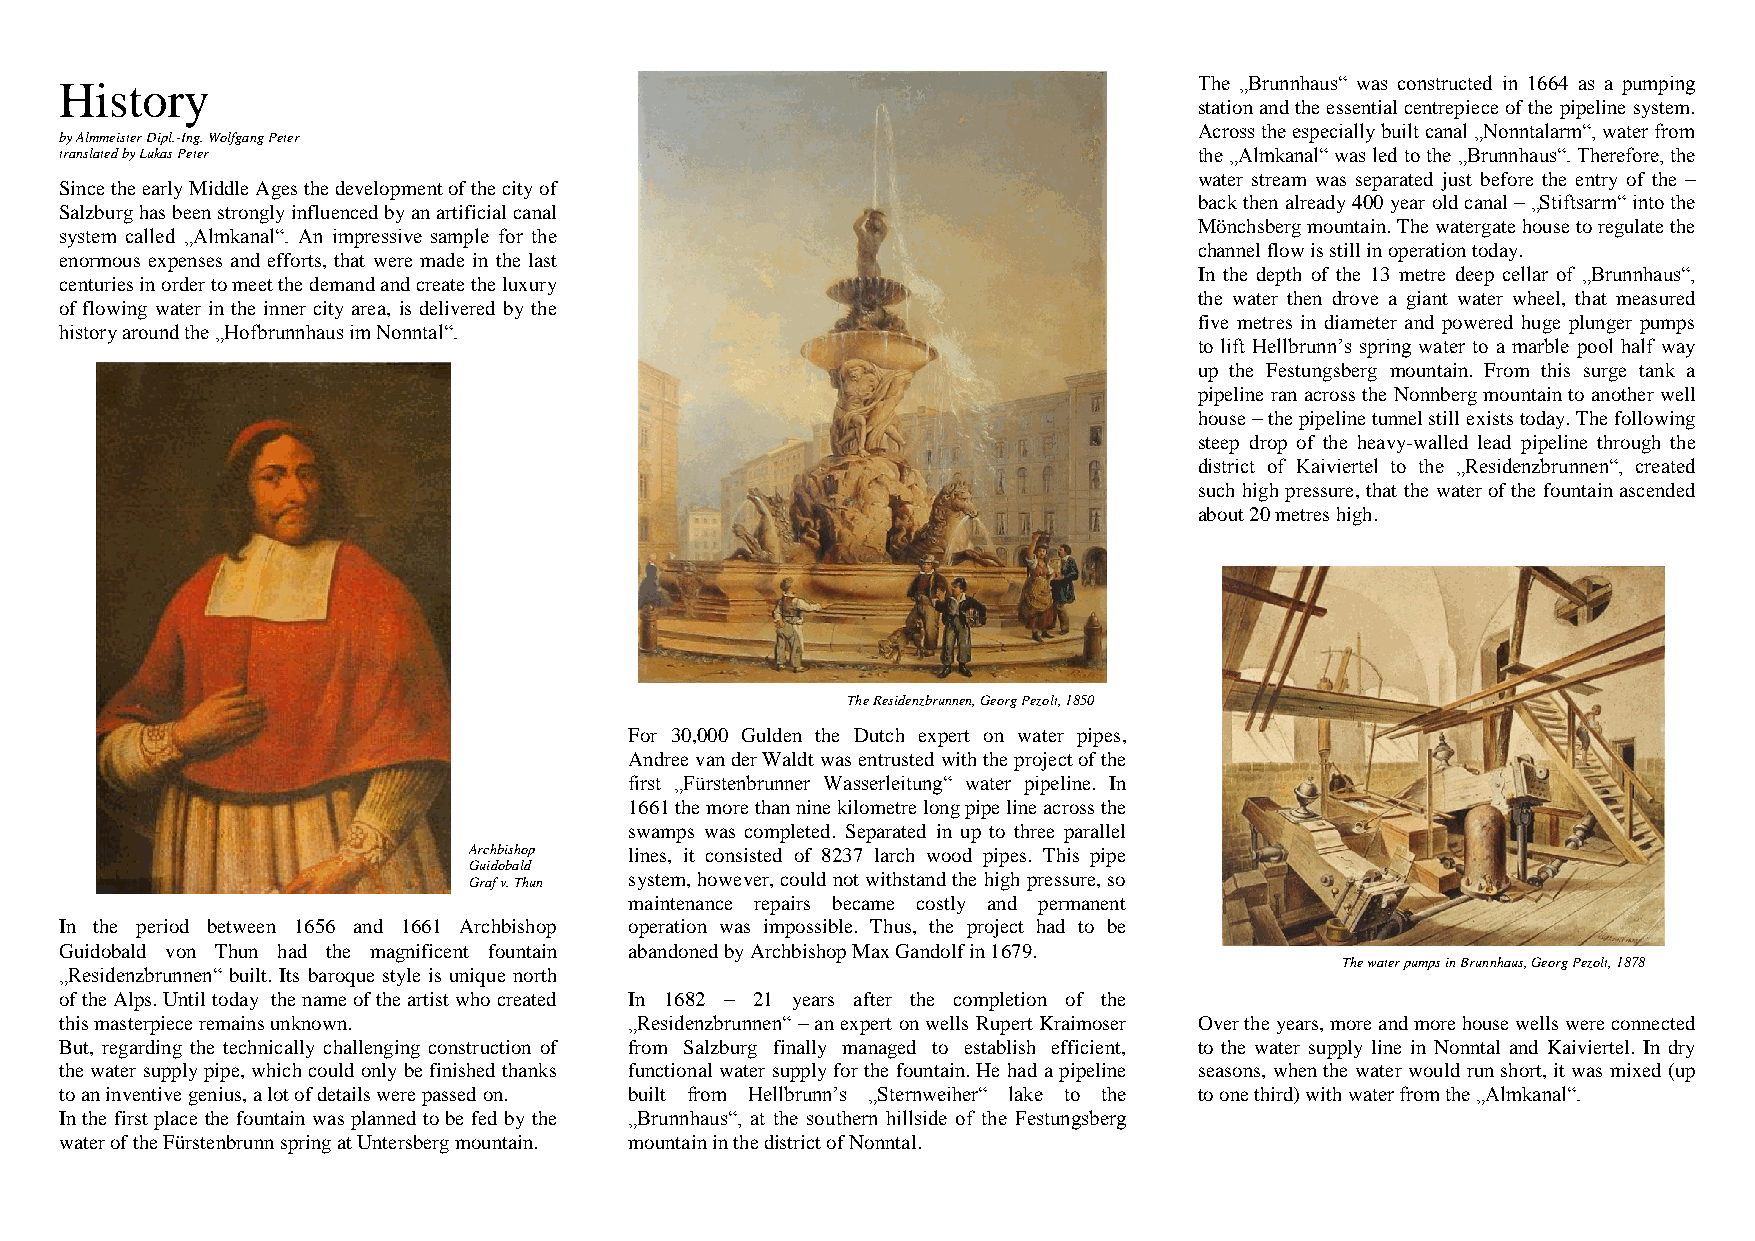
History                                                                    The „Brunnhaus“ was constructed in 1664 as a pumping
 station and the essential centrepiece of the pipeline system.
 Across the especially built canal „Nonntalarm“, water from
 by Almmeister Dipl.-Ing. Wolfgang Peter
 translated by Lukas Peter                                                  the „Almkanal“ was led to the „Brunnhaus“. Therefore, the
 water stream was separated just before the entry of the –
 Since the early Middle Ages the development of the city of
 back then already 400 year old canal – „Stiftsarm“ into the
 Salzburg has been strongly influenced by an artificial canal
 Mönchsberg mountain. The watergate house to regulate the
 system called „Almkanal“. An impressive sample for the
 channel flow is still in operation today.
 enormous expenses and efforts, that were made in the last
 In the depth of the 13 metre deep cellar of „Brunnhaus“,
 centuries in order to meet the demand and create the luxury
 the water then drove a giant water wheel, that measured
 of flowing water in the inner city area, is delivered by the
 five metres in diameter and powered huge plunger pumps
 history around the „Hofbrunnhaus im Nonntal“.
 to lift Hellbrunn’s spring water to a marble pool half way
 up the Festungsberg mountain. From this surge tank a
 pipeline ran across the Nonnberg mountain to another well
 house – the pipeline tunnel still exists today. The following
 steep drop of the heavy-walled lead pipeline through the
 district of Kaiviertel to the „Residenzbrunnen“, created
 such high pressure, that the water of the fountain ascended
 about 20 metres high.
 The Residenzbrunnen, Georg Pezolt, 1850
 For 30,000 Gulden the Dutch expert on water pipes,
 Andree van der Waldt was entrusted with the project of the
 first „Fürstenbrunner Wasserleitung“ water pipeline. In
 1661 the more than nine kilometre long pipe line across the
 swamps was completed. Separated in up to three parallel
 Archbishop lines, it consisted of 8237 larch wood pipes. This pipe
 Guidobald
 system, however, could not withstand the high pressure, so
 Graf v. Thun
 maintenance repairs became costly and permanent
 In the period between 1656 and 1661 Archbishop operation was impossible. Thus, the project had to be
 Guidobald von Thun had the magnificent fountain abandoned by Archbishop Max Gandolf in 1679.
 The water pumps in Brunnhaus, Georg Pezolt, 1878
 „Residenzbrunnen“ built. Its baroque style is unique north
 of the Alps. Until today the name of the artist who created In 1682 – 21 years after the completion of the
 this masterpiece remains unknown.     „Residenzbrunnen“ – an expert on wells Rupert Kraimoser Over the years, more and more house wells were connected
 But, regarding the technically challenging construction of from Salzburg finally managed to establish efficient, to the water supply line in Nonntal and Kaiviertel. In dry
 the water supply pipe, which could only be finished thanks functional water supply for the fountain. He had a pipeline seasons, when the water would run short, it was mixed (up
 to an inventive genius, a lot of details were passed on. built from Hellbrunn’s „Sternweiher“ lake to the to one third) with water from the „Almkanal“.
 In the first place the fountain was planned to be fed by the „Brunnhaus“, at the southern hillside of the Festungsberg
 water of the Fürstenbrunn spring at Untersberg mountain. mountain in the district of Nonntal.